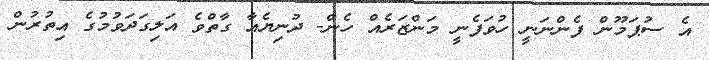
އެ ސުޕަމޫން ފެންނަނީ ހުވަފެނީ މަންޒަރެއް ހެން- ދުނިޔެއާ ގާތްވެ އަލިގަދަވުމުގެ އިތުރުން